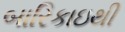
બારિકાઇથી